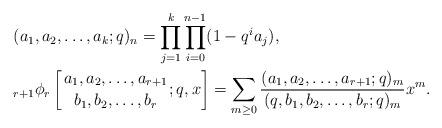
LaTeX: \begin{align*}&(a_1,a_2,\ldots,a_k;q)_n= \prod_{j=1}^k \prod_{i=0}^{n-1}(1-q^i a_j),\\&{}_{r+1}\phi_r\left[{a_1,a_2,\ldots,a_{r+1}\atop b_1,b_2,\ldots,b_{r}};q,x \right]=\sum_{m\geq 0} {(a_1,a_2,\ldots,a_{r+1};q)_m \over (q,b_1,b_2,\ldots,b_{r};q)_m} x^m.\end{align*}